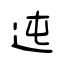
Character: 迍